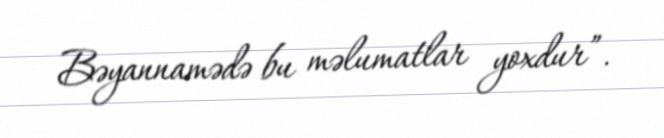
Bəyannamədə bu məlumatlar yoxdur”.